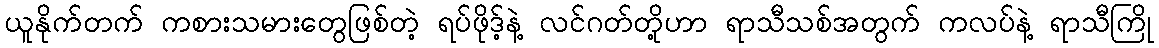
ယူနိုက်တက် ကစားသမားတွေဖြစ်တဲ့ ရပ်ဖိုဒ့်နဲ့ လင်ဂတ်တို့ဟာ ရာသီသစ်အတွက် ကလပ်နဲ့ ရာသီကြို